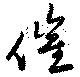
催